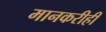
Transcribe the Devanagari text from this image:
मानकरीही